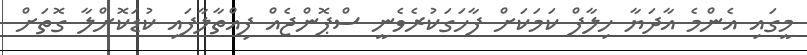
މީގައި އެންމެ އާދަޔާ ޚިލާފް ކަމަކަށް ފާހަގަކުރެވެނީ ސްޕޮންޖެއް ފިއްތާލާފައި ކުޑަކޮށްލާ ގޮތަށް